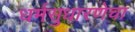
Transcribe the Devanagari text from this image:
धर्मसुधारणेचा